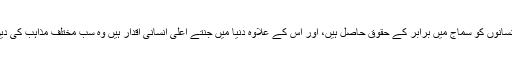
سب انسانوں کو سماج میں برابر کے حقوق حاصل ہیں، اور اس کے علاوہ دنیا میں جنتے اعلیٰ انسانی اقدار ہیں وہ سب مختلف مذاہب کی دین ہیں۔